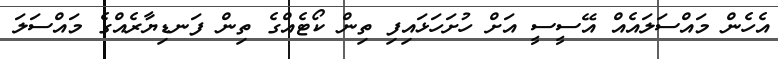
އެހެން މައްސަލައެއް އޭސީސީ އަށް ހުށަހަޅައިފި ތިން ކޯޓެއްގެ ތިން ފަނޑިޔާރެއްގެ މައްސަލަ